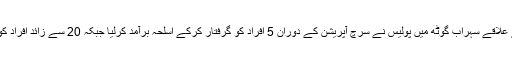
2015ء)کراچی کے علاقے سہراب گوٹھ میں پولیس نے سرچ آپریشن کے دوران 5 افراد کو گرفتار کرکے اسلحہ برآمد کرلیا جبکہ 20 سے زائد افراد کو حراست میں لے لیا۔